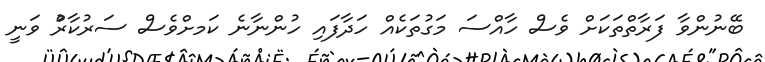
ބޭނުންވާ ފަރާތްތަކަށް ވެސް ހާއްސަ މަގުތަކެއް ހަދާފައި ހުންނާނެ ކަަމށްވެސް ސަރުކާރުް ވަނީ